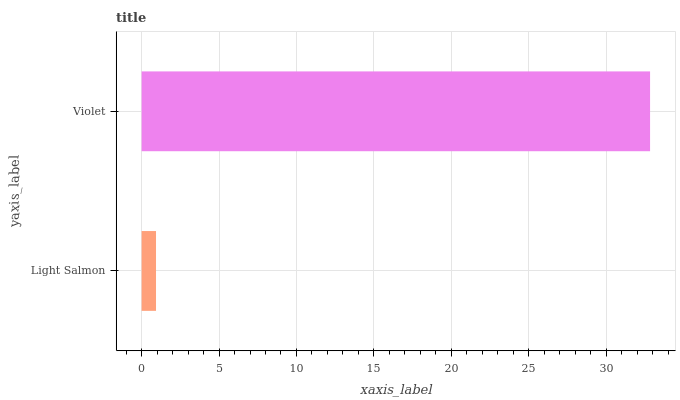
| yaxis_label | bars |
 | --- | --- |
 | Light Salmon | 0.93 |
 | Violet | 32.8 |